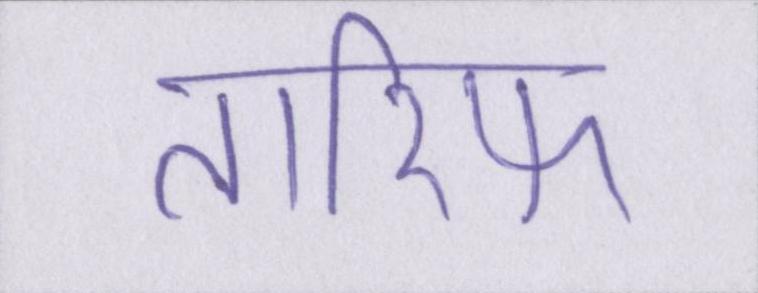
तारिफ